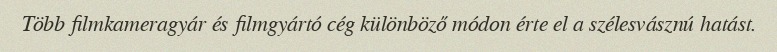
Több filmkameragyár és filmgyártó cég különböző módon érte el a szélesvásznú hatást.